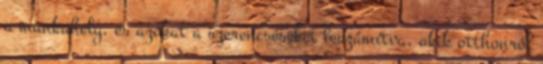
a munkahely, és azokat a szerencséseket leszámítva, akik otthonról